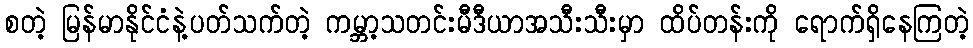
စတဲ့ မြန်မာနိုင်ငံနဲ့ပတ်သက်တဲ့ ကမ္ဘာ့သတင်းမီဒီယာအသီးသီးမှာ ထိပ်တန်းကို ရောက်ရှိနေကြတဲ့